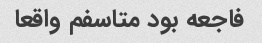
فاجعه بود متاسفم واقعا